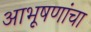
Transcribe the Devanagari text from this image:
आभूषणांचा